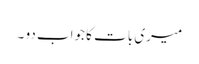
میری بات کا جواب دو ۔